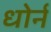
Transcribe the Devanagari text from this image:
धोर्न